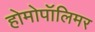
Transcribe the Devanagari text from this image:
होमोपॉलिमर